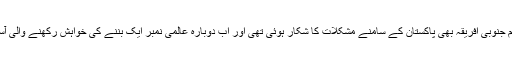
گزشتہ سال اُس وقت کی عالمی نمبر ایک ٹیم جنوبی افریقہ بھی پاکستان کے سامنے مشکلات کا شکار ہوئی تھی اور اب دوبارہ عالمی نمبر ایک بننے کی خواہش رکھنے والی آسٹریلوی ٹیم نے خود کو مشکل میں پایا ہے ۔